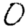
Digit: 0